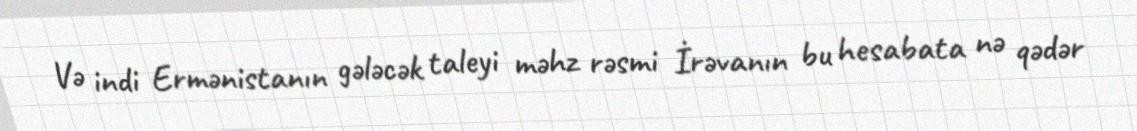
Və indi Ermənistanın gələcək taleyi məhz rəsmi İrəvanın bu hesabata nə qədər